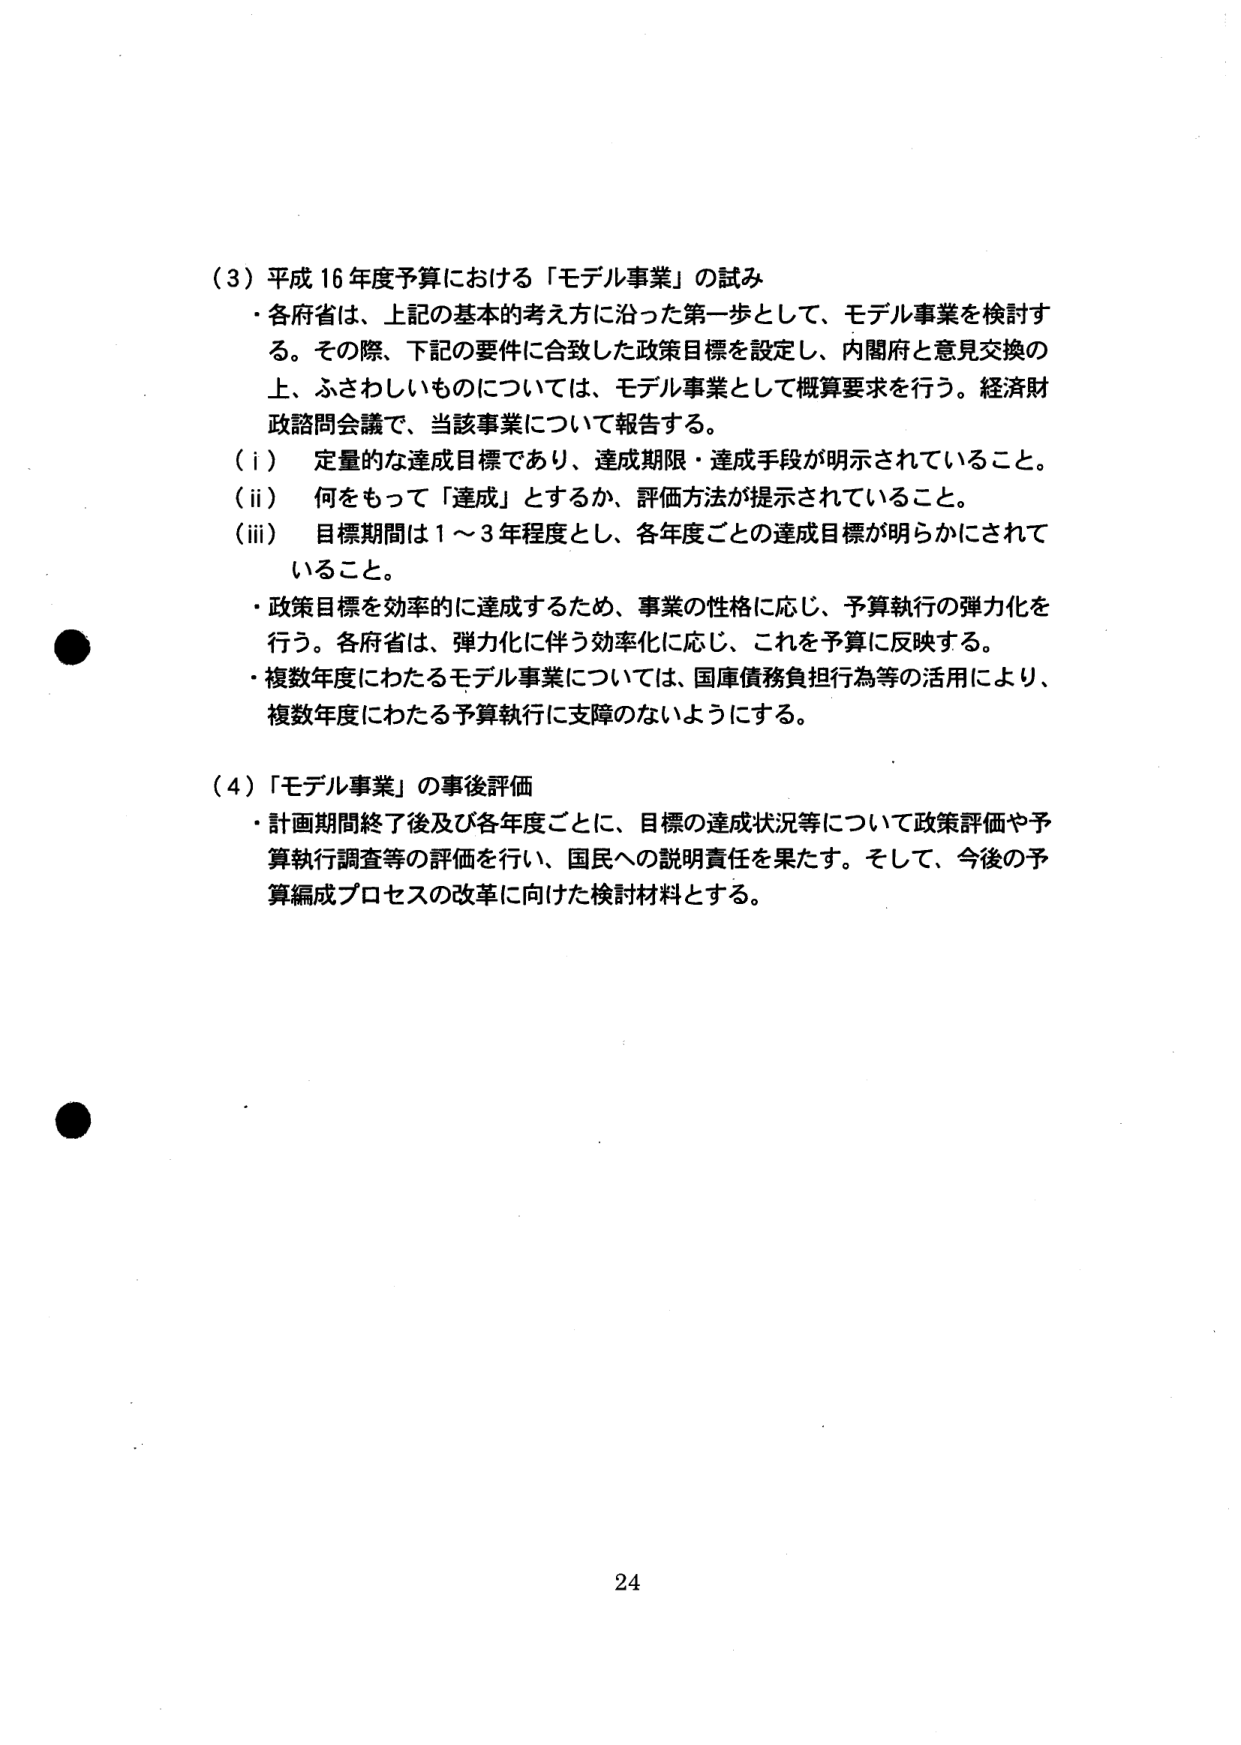
（3）平成16年度予算における「モデル事業」の試み
・各府省は、上記の基本的考え方に行った第一歩として、モデル事業を検討する。その際、下記の要件に合致した政策目標を設定し、内閣府と意見交換の上、ふさわしいものについては、モデル事業として概算要求を行う。経済財政諮問会議で、当該事業について報告する。
（i）定量的な達成目標であり、達成期限・達成手段が明示されていること。
（ii）何をもって「達成」とするか、評価方法が提示されていること。
（iii）目標期間は1～3年程度とし、各年度ごとの達成目標が明らかにされていること。
・政策目標を効率的に達成するため、事業の性格に応じ、予算執行の弾力化を行う。各府省は、弾力化に伴う効率化に応じ、これを予算に反映する。
・複数年度にわたるモデル事業については、国庫債務負担行為等の活用により、複数年度にわたる予算執行に支障のないようにする。

（4）「モデル事業」の事後評価
・計画期間終了後及び各年度ごとに、目標の達成状況等について政策評価や予算執行調査等の評価を行い、国民への説明責任を果たす。そして、今後の予算編成プロセスの改革に向けた検討材料とする。

24